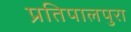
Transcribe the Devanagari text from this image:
प्रतिपालपुरा